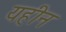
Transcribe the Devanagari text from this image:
यहीन